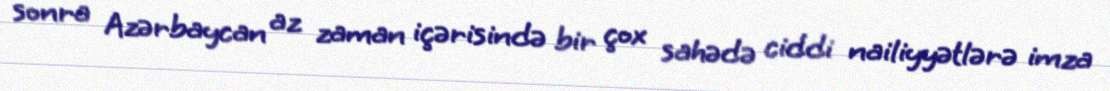
sonra Azərbaycan az zaman içərisində bir çox sahədə ciddi nailiyyətlərə imza